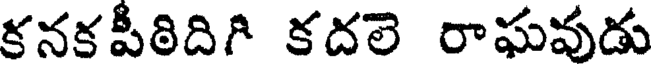
కనకపీఠిదిగి కదలె రాఘవుడు